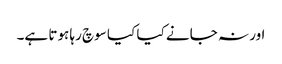
اور نہ جانے کیا کیا سوچ رہا ہوتا ہے۔